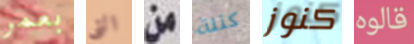
بعمر التي من كتلة كنوز قالوه